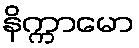
နိက္ကာမော